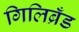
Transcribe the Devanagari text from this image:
गिलिब्रँड